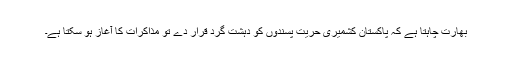
بھارت چاہتا ہے کہ پاکستان کشمیری حریت پسندوں کو دہشت گرد قرار دے تو مذاکرات کا آغاز ہو سکتا ہے۔